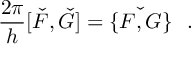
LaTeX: \frac { 2 \pi } { h } [ \check { F } , \check { G } ] = \check { \{ F , G \} } ~ ~ .